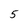
Character: 5